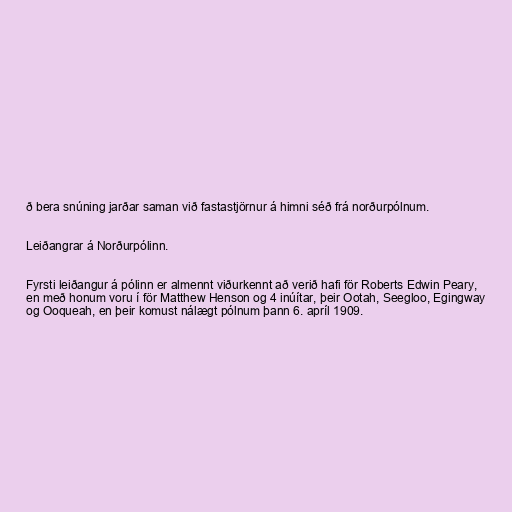
ð bera snúning jarðar saman við fastastjörnur á himni séð frá norðurpólnum.

Leiðangrar á Norðurpólinn.

Fyrsti leiðangur á pólinn er almennt viðurkennt að verið hafi för Roberts Edwin Peary,
en með honum voru í för Matthew Henson og 4 inúítar, þeir Ootah, Seegloo, Egingway
og Ooqueah, en þeir komust nálægt pólnum þann 6. apríl 1909.